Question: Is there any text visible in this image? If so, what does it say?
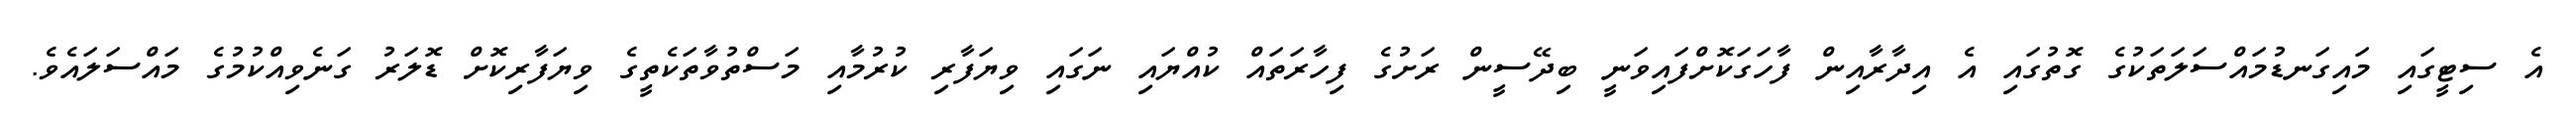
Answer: އެ ސިޓީގައި މައިގަނޑުމައްސަލަތަކުގެ ގޮތުގައި އެ އިދާރާއިން ފާހަގަކޮށްފައިވަނީ ބިދޭސީން ރަށުގެ ފިހާރަތައް ކުއްޔައި ނަގައި ވިޔަފާރި ކުރުމާއި މަސްތުވާތަކެތީގެ ވިޔަފާރިކޮށް ޑޮލަރު ގަނެވިއްކުމުގެ މައްސަލައެވެ.